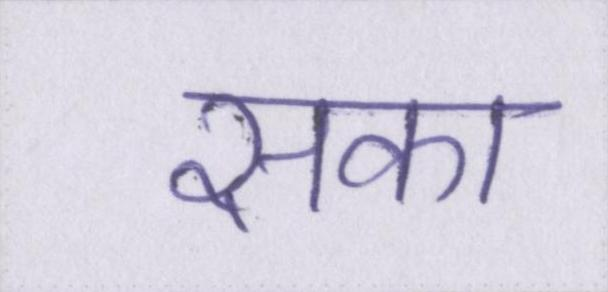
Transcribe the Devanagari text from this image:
सका